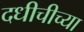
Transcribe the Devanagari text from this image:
दधीचीच्या